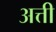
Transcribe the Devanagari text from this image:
अत्ती